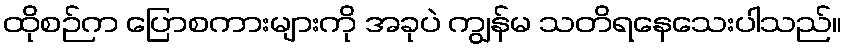
ထိုစဉ်က ပြောစကားများကို အခုပဲ ကျွန်မ သတိရနေသေးပါသည်။